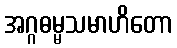
အဂ္ဂဓမ္မသမာဟိတော